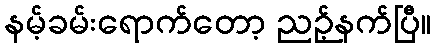
နမ့်ခမ်းရောက်တော့ ညဉ့်နက်ပြီ။